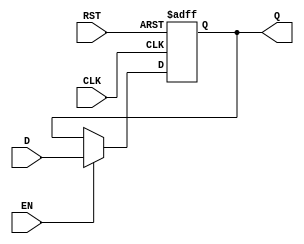
module D_Reg #(parameter WIDTH=32)(
        input wire  [WIDTH-1:0] D,
        input wire              EN,
        input wire              CLK,
        input wire              RST,
        output reg [WIDTH-1:0] Q
    );
    
    always @(posedge CLK or posedge RST) begin
        if (RST) Q <= 0;
        else if (EN) Q <= D;
        else Q <= Q;
    end

endmodule